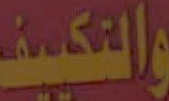
والتكييف